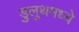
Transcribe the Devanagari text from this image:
डुलुथमध्ये